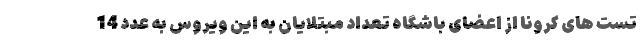
تست های کرونا از اعضای باشگاه تعداد مبتلایان به این ویروس به عدد 14